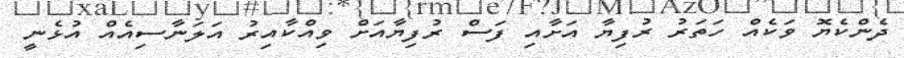
ދެންކެޔޮ ވަކެއް ހަތަރު ރުފިޔާ އަށާއި ފަސް ރުފިޔާއަށް ވިއްކާއިރު އަލަނާސިއެއް އުޅެނީ